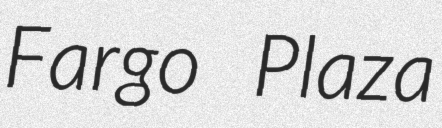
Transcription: Fargo Plaza